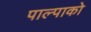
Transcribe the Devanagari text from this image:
पाल्पाको